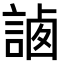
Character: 𧨼